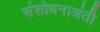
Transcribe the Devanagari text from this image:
संशोधनाअंती